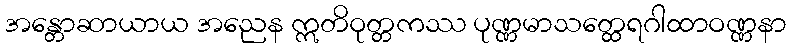
အန္တောဆာယာယ အညေန ဣတိဝုတ္တကဿ ပုဏ္ဏမာသတ္ထေရဂါထာဝဏ္ဏနာ